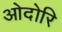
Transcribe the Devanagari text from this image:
ओदोरि